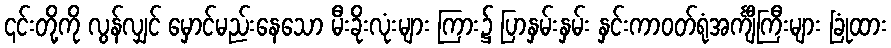
၎င်းတို့ကို လွန်လျှင် မှောင်မည်းနေသော မီးခိုးလုံးများ ကြား၌ ပြာနှမ်းနှမ်း နှင်းကာဝတ်ရုံအင်္ကျီကြီးများ ခြုံထား